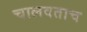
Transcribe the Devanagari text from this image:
चालवताच